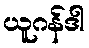
ယူဂန်ဒါ